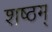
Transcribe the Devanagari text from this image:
शष्ठम्